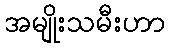
အမျိုးသမီးဟာ